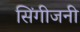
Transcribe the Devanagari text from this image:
सिंगीजनी